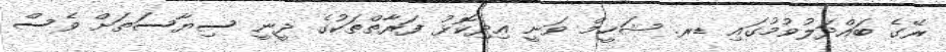
ރޭގެ ބައްދަލުވުމުގައި ޑރ. ޝަހީމް ވަނީ އިދިކޮޅު ފަރާތްތަކުގެ ދީނީ ސިޔާސަތަށް ވެސް